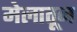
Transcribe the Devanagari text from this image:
मेलातून